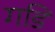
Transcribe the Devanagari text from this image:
गडि